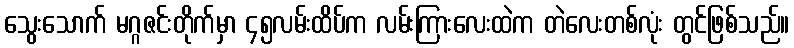
သွေးသောက် မဂ္ဂဇင်းတိုက်မှာ ၄၅လမ်းထိပ်က လမ်းကြားလေးထဲက တဲလေးတစ်လုံး တွင်ဖြစ်သည်။